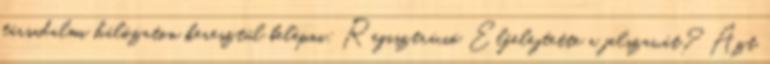
társadalmi hálózaton keresztül belépni: Regisztráció Elfelejtette a jelszavát? Azt